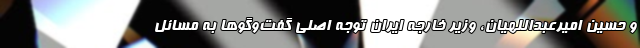
و حسین امیرعبداللهیان، وزیر خارجه ایران توجه اصلی گفت‌وگوها به مسائل